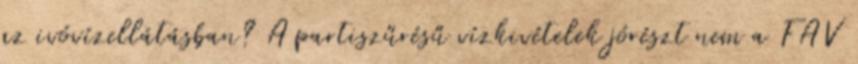
az ivóvízellátásban? A partiszűrésű vízkivételek jórészt nem a FAV